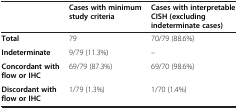
|  | Cases with minimum study criteria | Cases with interpretable CISH (excluding indeterminate cases) |
 | --- | --- | --- |
 | Total | 79 | 70/79 (88.6%) |
 | Indeterminate | 9/79 (11.3%) | – |
 | Concordant with flow or IHC | 69/79 (87.3%) | 69/70 (98.6%) |
 | Discordant with flow or IHC | 1/79 (1.3%) | 1/70 (1.4%) |